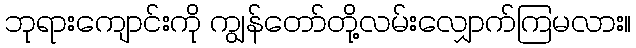
ဘုရားကျောင်းကို ကျွန်တော်တို့လမ်းလျှောက်ကြမလား။